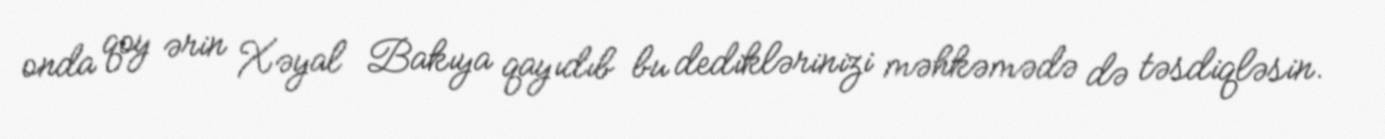
onda qoy ərin Xəyal Bakıya qayıdıb bu dediklərinizi məhkəmədə də təsdiqləsin.